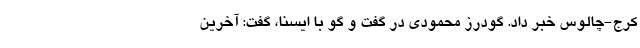
کرج-چالوس خبر داد. گودرز محمودی در گفت و گو با ایسنا، گفت: آخرین